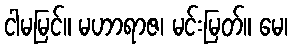
ငါမမြင်။ မဟာရာဇ၊ မင်းမြတ်။ မေ၊